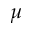
\mu